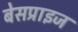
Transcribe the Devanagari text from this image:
बेसप्राइज